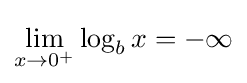
\lim _{x\to 0^{+}}\log _{b}x=-\infty